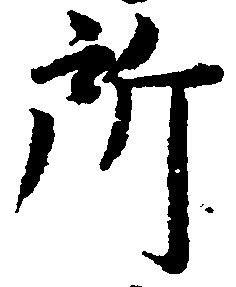
所